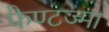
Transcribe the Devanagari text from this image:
फैण्टज्मा